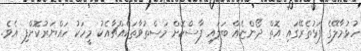
ހުޅުމާލޭގެ ފަޅުތެރޭގައި އޮތް ދޯންޏެއް ބަލައި ފާސްކޮށް މަސްތުވާތަކެއްޗާއެކު މީހަކު ހައްޔަރުކޮށްފި އެވެ.